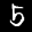
Label: 5